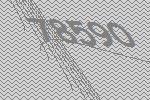
78590